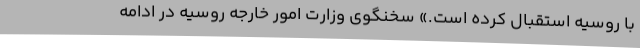
با روسیه استقبال کرده است.» سخنگوی وزارت امور خارجه روسیه در ادامه